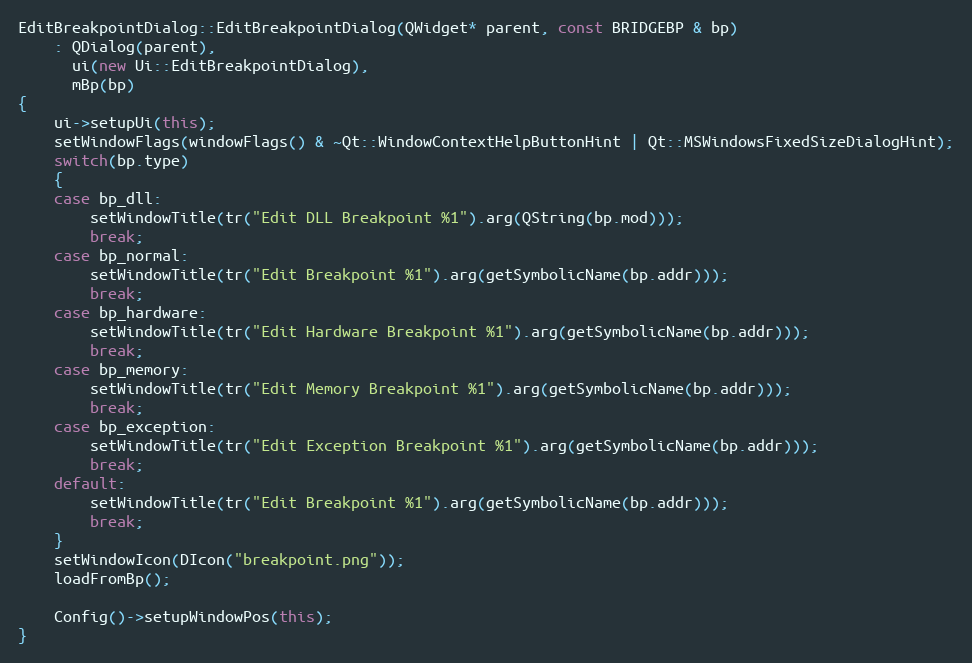
Language: C++
EditBreakpointDialog::EditBreakpointDialog(QWidget* parent, const BRIDGEBP & bp)
    : QDialog(parent),
      ui(new Ui::EditBreakpointDialog),
      mBp(bp)
{
    ui->setupUi(this);
    setWindowFlags(windowFlags() & ~Qt::WindowContextHelpButtonHint | Qt::MSWindowsFixedSizeDialogHint);
    switch(bp.type)
    {
    case bp_dll:
        setWindowTitle(tr("Edit DLL Breakpoint %1").arg(QString(bp.mod)));
        break;
    case bp_normal:
        setWindowTitle(tr("Edit Breakpoint %1").arg(getSymbolicName(bp.addr)));
        break;
    case bp_hardware:
        setWindowTitle(tr("Edit Hardware Breakpoint %1").arg(getSymbolicName(bp.addr)));
        break;
    case bp_memory:
        setWindowTitle(tr("Edit Memory Breakpoint %1").arg(getSymbolicName(bp.addr)));
        break;
    case bp_exception:
        setWindowTitle(tr("Edit Exception Breakpoint %1").arg(getSymbolicName(bp.addr)));
        break;
    default:
        setWindowTitle(tr("Edit Breakpoint %1").arg(getSymbolicName(bp.addr)));
        break;
    }
    setWindowIcon(DIcon("breakpoint.png"));
    loadFromBp();

    Config()->setupWindowPos(this);
}